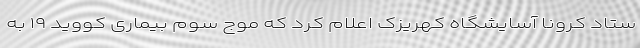
ستاد کرونا آسایشگاه کهریزک اعلام کرد که موج سوم بیماری کووید ١٩ به